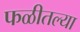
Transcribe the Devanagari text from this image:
फळीतल्या